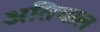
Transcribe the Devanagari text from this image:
अतिचाल